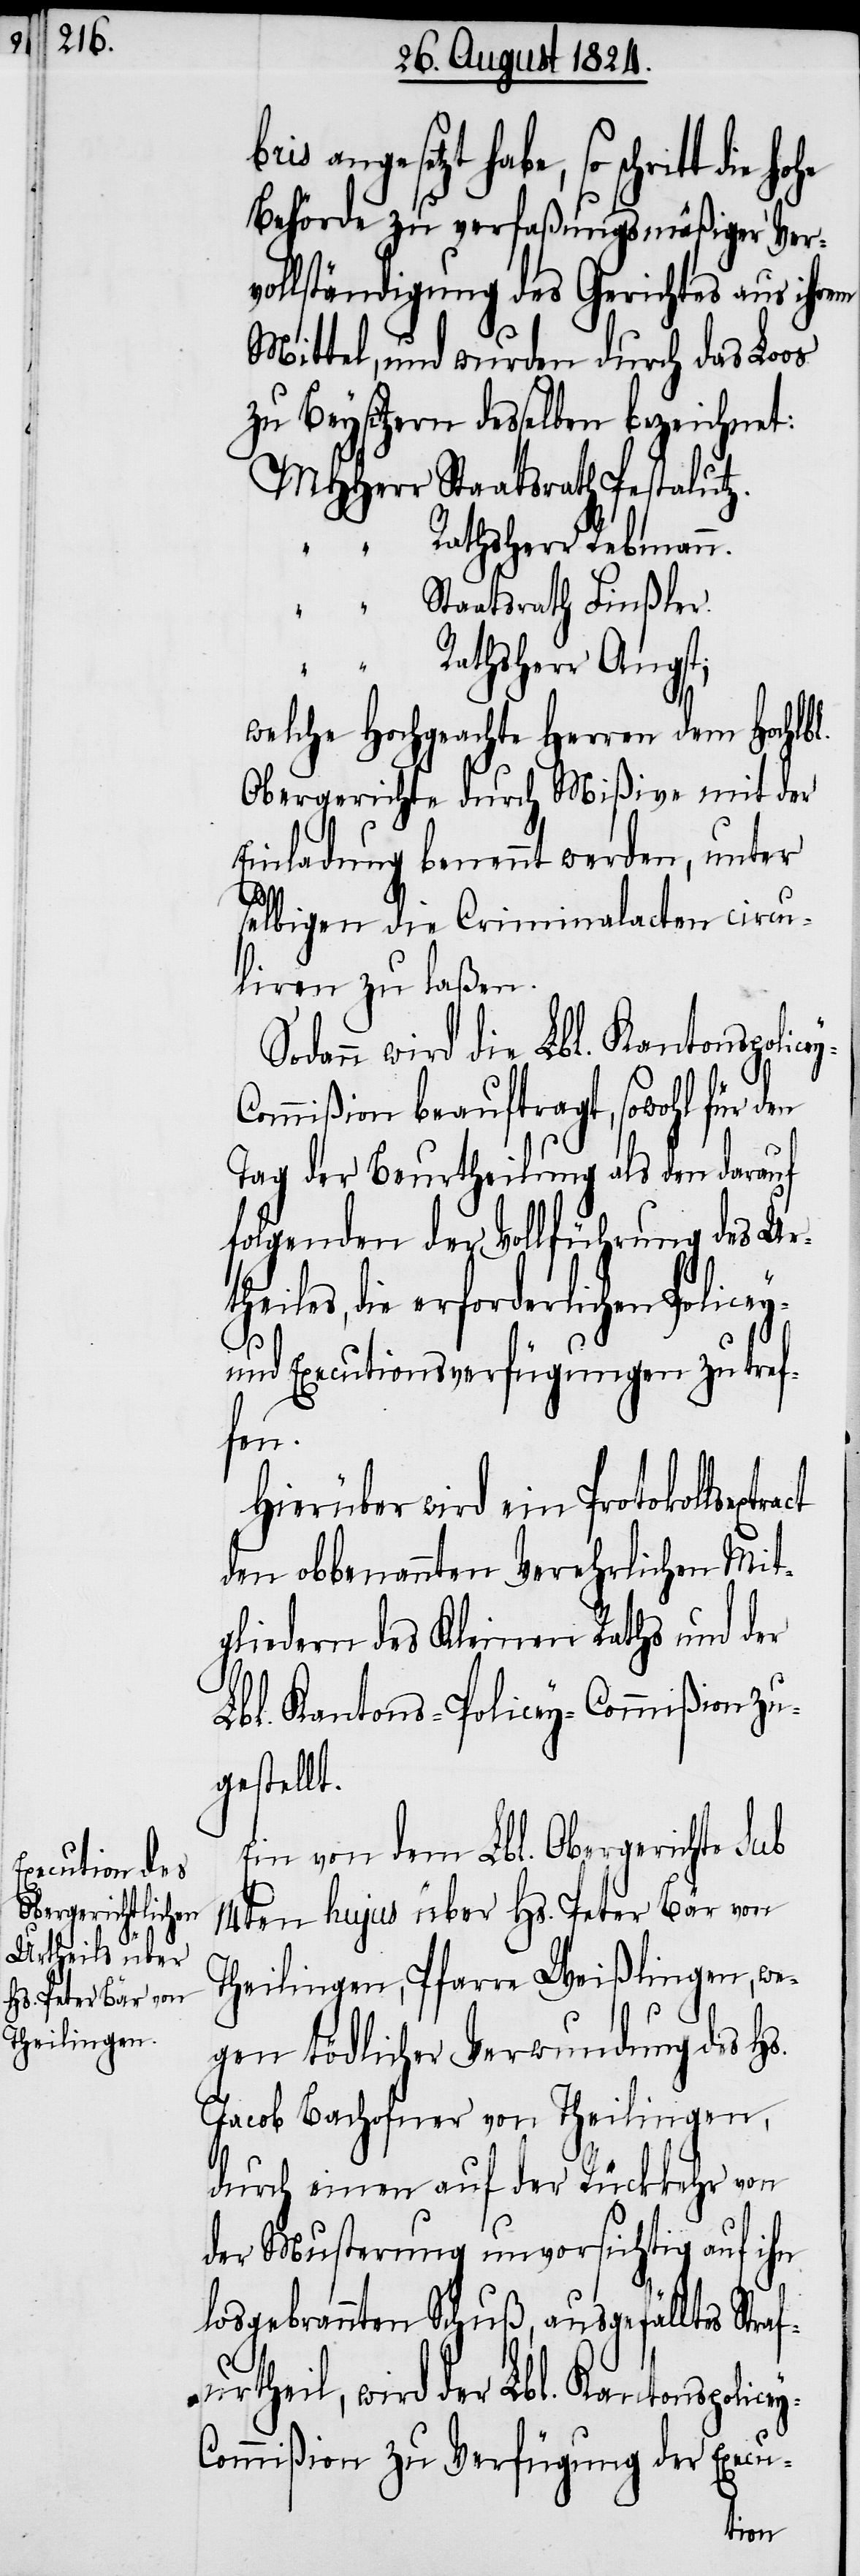
angesetzt habe, so schritt die
Behörde zu verfaßungsmäßiger Verv¬
ollständigung des Gerichtes aus ihrem
Mittel, und wurden durch das Loos
zu Beysitzern desselben bezeichnet:
MHHerr Staatsrath Pestalutz.
Staatsrath Finßler.
Rathsherr Angst;
“
welche Hochgeachte Herren dem Hochlbl.
Obergerichte durch Mißive mit der
Einladung benennt werden, unter
act
selbigen die Criminalacten circu¬
liren zu laßen.
Sodann wird die Lbl. Kantons-Polic¬
ommißion beauftragt, sowohl für den
Tag der Beurtheilung als den darauf
folgenden der Vollführung des Urt¬
heiles, die erforderlichen Police¬
ey-C¬
und Executionsverfügungen zu tref¬
fen.
Hierüber wird ein Protokollsextr¬
den obbenannten Verehrlichen Mit¬
gliedern des Kleinen Rathes und der
Lbl. Kantons-Policey-Commißion zu¬
gestellt.
Ein von dem Lbl. Obergerichte sub
14ten hujus über Hs. Peter Bär von
Theilingen, Pfarre Weißlingen, we¬
gen tödlicher Verwundung des Hs.
Jacob Bachofner von Theilingen,
durch einen auf der Rückkehr von
der Musterung unvorsichtig auf ihn
losgebrannten Schuß, ausgefälltes Stra¬
furtheil, wird der Lbl. Kantons-Police¬
ommißion zu Verfügung der Execu-
y-C¬